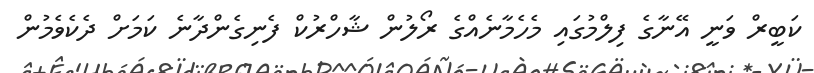
ކަބީރް ވަނީ އޭނާގެ ފިލްމުގައި މެހެމާނެއްގެ ރޯލުން ޝާހްރުކް ފެނިގެންދާނެ ކަމަށް ދެކެވެމުން